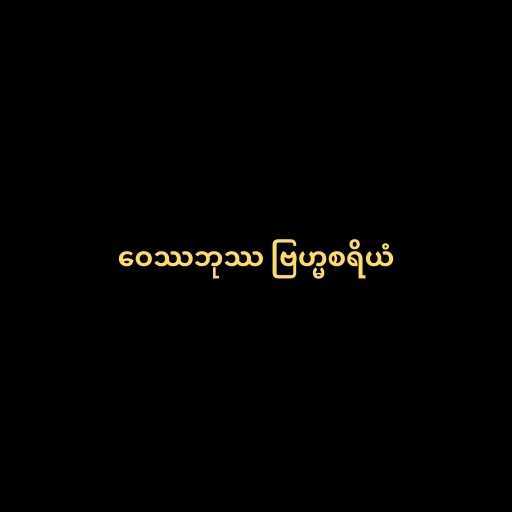
ဝေဿဘုဿ ဗြဟ္မစရိယံ